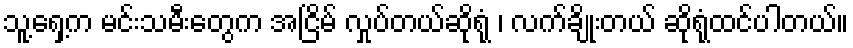
သူ့ရှေ့က မင်းသမီးတွေက အငြိမ် လှုပ်တယ်ဆိုရုံ ၊ လက်ချိုးတယ် ဆိုရုံထင်ပါတယ်။